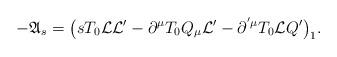
LaTeX: \begin{gather*}-\mathfrak{A}_{s}=\big(sT_{0}\mathcal{LL}^{\prime }-\partial ^{\mu }T_{0}Q_{\mu }\mathcal{L}^{\prime }-\partial ^{^{\prime }\mu }T_{0}\mathcal{L}Q^{\prime}\big)_{1}.\end{gather*}